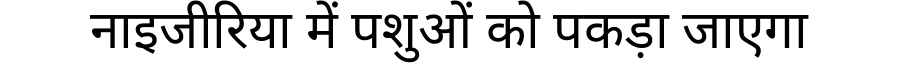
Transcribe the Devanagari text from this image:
नाइजीरिया में पशुओं को पकड़ा जाएगा